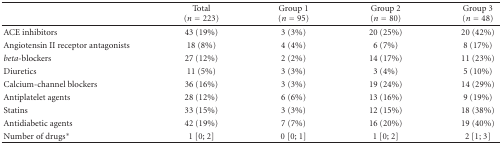
|  | Total (n = 223) | Group 1 (n = 95) | Group 2 (n = 80) | Group 3 (n = 48) |
 | --- | --- | --- | --- | --- |
 | ACE inhibitors | 43 (19%) | 3 (3%) | 20 (25%) | 20 (42%) |
 | Angiotensin II receptor antagonists | 18 (8%) | 4 (4%) | 6 (7%) | 8 (17%) |
 | beta-blockers | 27 (12%) | 2 (2%) | 14 (17%) | 11 (23%) |
 | Diuretics | 11 (5%) | 3 (3%) | 3 (4%) | 5 (10%) |
 | Calcium-channel blockers | 36 (16%) | 3 (3%) | 19 (24%) | 14 (29%) |
 | Antiplatelet agents | 28 (12%) | 6 (6%) | 13 (16%) | 9 (19%) |
 | Statins | 33 (15%) | 3 (3%) | 12 (15%) | 18 (38%) |
 | Antidiabetic agents | 42 (19%) | 7 (7%) | 16 (20%) | 19 (40%) |
 | Number of drugs* | 1 [0; 2] | 0 [0; 1] | 1 [0; 2] | 2 [1; 3] |